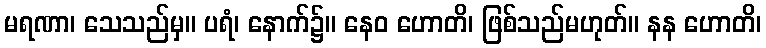
မရဏာ၊ သေသည်မှ။ ပရံ၊ နောက်၌။ နေဝ ဟောတိ၊ ဖြစ်သည်မဟုတ်။ နန ဟောတိ၊